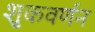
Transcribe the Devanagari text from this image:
शुकवर्णन